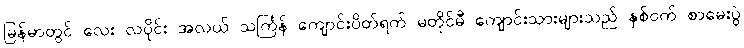
မြန်မာတွင် လေး လပိုင်း အလယ် သင်္ကြန် ကျောင်းပိတ်ရက် မတိုင်မီ ကျောင်းသားများသည် နှစ်ဝက် စာမေးပွဲ